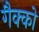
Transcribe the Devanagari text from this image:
गैक्को